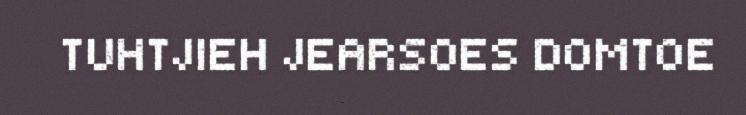
TUHTJIEH JEARSOES DOMTOE